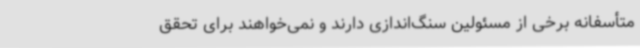
متأسفانه برخی از مسئولین سنگ‌اندازی دارند و نمی‌خواهند برای تحقق